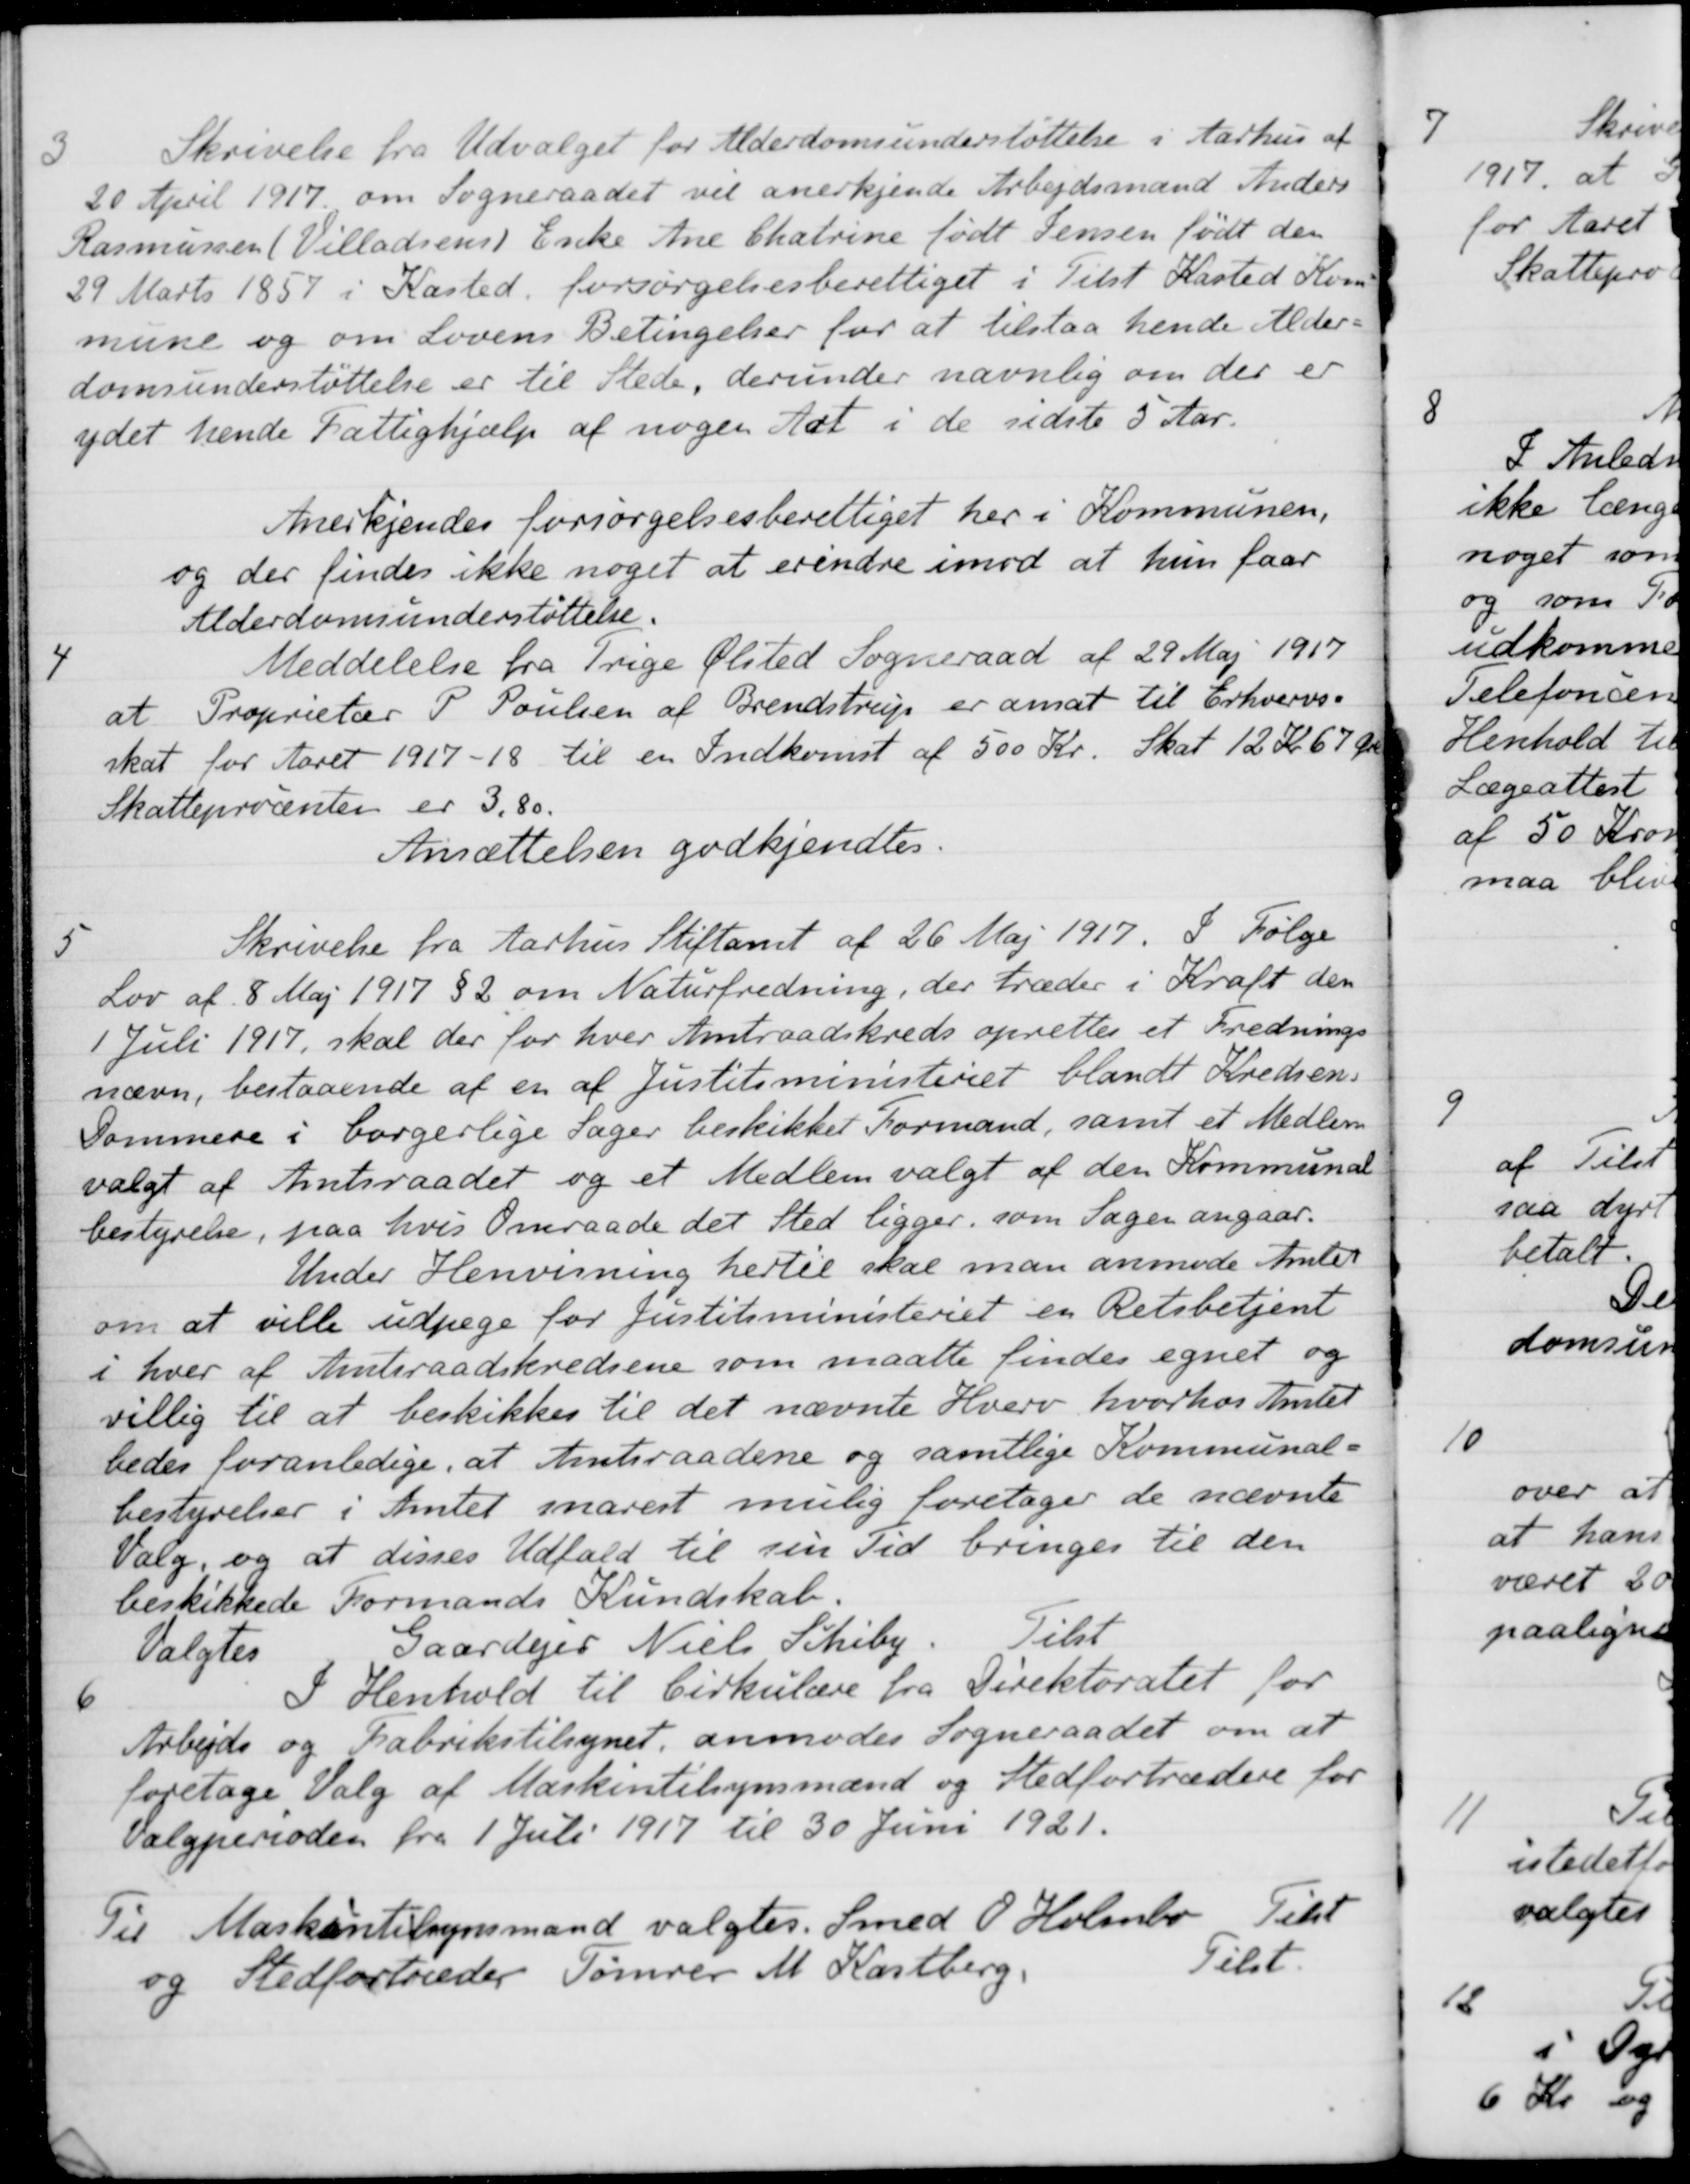
Transskription:
3
Skrivelse fra Udvalget for Alderdomsunderstøttelse i Aarhus af
20 April 1917 om Sogneraadet vil anerkjende Arbejdsmand Anders
Rasmussen (Villadsens) Enke Ane Chatrine født Jensen født den
29 Marts 1857 i Kasted, forsørgelsesberettiget i Tilst Kasted Kom
mune og om Lovens Betingelser for at tilstaa hende Alder
domsunderstøttelse er til Stede, derunder navnlig om der er
ydet hende Fattighjælp af nogen sat i de sidste 5 Aar.
Anerkjendes forsørgelsesberettiget her i Kommunen,
og der findes ikke noget at erindre imod at hun faar
Alderdomsunderstøttelse.
4
Meddelelse fra Trige Ølsted Sogneraad af 29 Maj 1917
at Proprietær P. Poulsen af Brendstrup er ansat til Erhvervs-
skat for Aaret 1917-18 til en Indkomst af 500 Kr. Skat 12 Kr 67 Øre
Skatteprocenten er 3,80.
Ansættelsen godkjendtes.
5
Skrivelse fra Aarhus Stiftamt af 26 Maj 1917. I Følge
Lov af 8 Maj 1917 § 2 om Naturfredning, der træder i Kraft den
1 Juli 1917, skal der for hver Amtraadskreds oprettes et Frednings
nævn, bestaaende af en af Justitsministeriet blandt Kredsens
Dommere i borgerlige Sager beskikket Formand, samt et Medlem
valgt af Amtsraadet og et Medlem valgt af den Kommunal
bestyrelse, paa hvis Omraade det Sted ligger, som Sagen angaar.
Under Henvisning hertil skal man anmode Amtet
om at ville udpege for Justitsministeriet en Retsbetjent
i hver af Amtsraadskredsene som maatte findes egnet og
villig til at beskikkes til det nævnte Hverv, hvorhos Amtet
bedes foranledige, at Amtsraadene og samtlige Kommunal-
bestyrelser i Amtet snarest mulig foretager de nævnte
Valg, og at disses Udfald til sin Tid bringes til den
beskikkede Formands Kundskab.
Valgtes
Gaardejer Niels Schiby. Tilst
6
I Henhold til Cirkulære fra Direktoratet for
Arbejds og Fabrikstilsynet, anmodes Sogneraadet om at
foretage Valg af Maskintilsynsmænd og Stedfortrædere for
Valgperioden fra 1 Juli 1917 til 30 Juni 1921.
Til Maskintilsynsmand valgtes Smed O. Holmbo
Tilst
og Stedfortræder Tømrer M. Kastberg
Tilst.